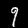
Label: 9